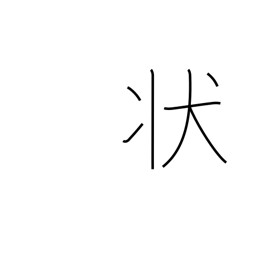
Meaning: status quo